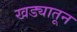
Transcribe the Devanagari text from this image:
खड्यातून